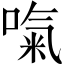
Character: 𠺪